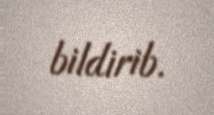
bildirib.